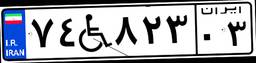
۷۴W۸۲۳۰۳